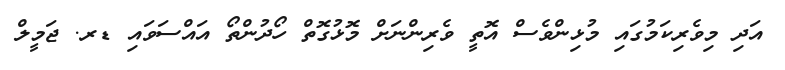
އަދި މިވެރިކަމުގައި މުޅިންވެސް އޮތީ ވެރިންނަށް މޮޅުގޮތް ހޯދުންތޯ އައްސަވައި ޑރ. ޖަމީލް